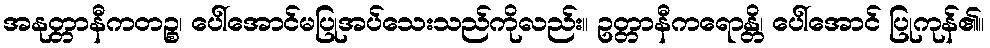
အနုတ္တာနီကတဉ္စ၊ ပေါ်အောင်မပြုအပ်သေးသည်ကိုလည်း။ ဥတ္တာနီကရောန္တိ၊ ပေါ်အောင် ပြုကုန်၏။